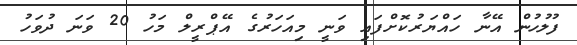
ފުލުހުން އޭނާ ހައްޔަރުކޮށްފައި ވަނީ މިއަހަރުގެ އޭޕްރީލް މަހު 20 ވަނަ ދުވަހު